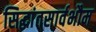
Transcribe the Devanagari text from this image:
सिद्धांतसार्वभौम